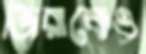
জিরাফেও